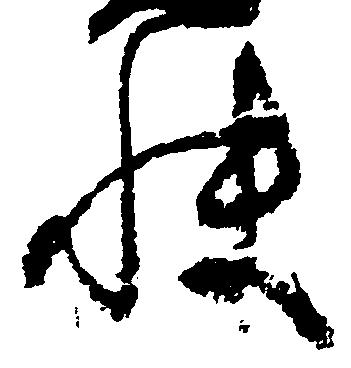
快